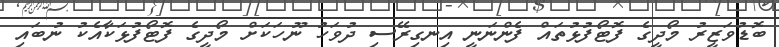
ބޮޑުވަޒީރު މޯދީގެ ފޮޓޯފުޅުތައް ފެންނަނީ އިނގިރޭސި ދުވަހު ނޫހަކަށް މޯދީގެ ފޮޓޯފުޅަކާއެކު ނުބައި